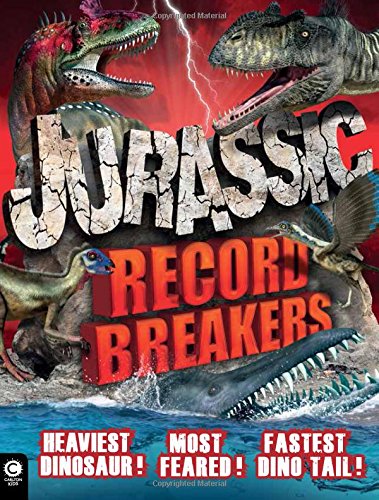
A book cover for Jurassic Record Breakers; Dr. Darren Naish; Science & Math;